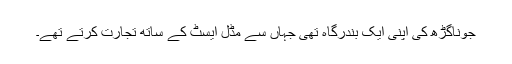
جوناگڑھ کی اپنی ایک بندرگاہ تھی جہاں سے مڈل ایسٹ کے ساتھ تجارت کرتے تھے۔